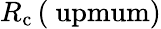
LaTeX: R_{\mathrm{c}}\left(\mathrm{\ upmum}\right)